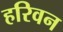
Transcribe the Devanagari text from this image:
हरिवन